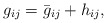
\begin{align*} g_{ij} = \bar g_{ij} + h_{ij},\end{align*}